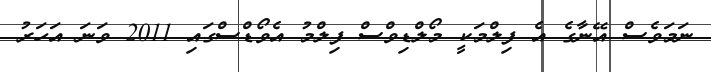
ނަމަވެސް އޭނާގެ އެ ފިލްމަކީ މޯލްޑިވްސް ފިލްމު އެވޯޑްސްގައި 2011 ވަނަ އަހަރު